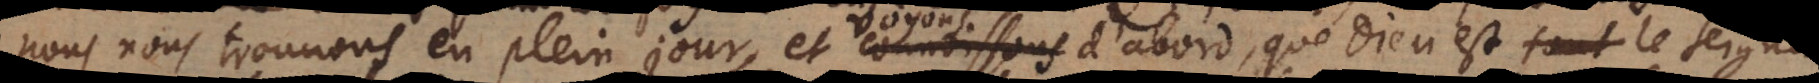
nous nous trouvons en plein jour, et connoissons voyons d’abord que Dieu est le Seigneur